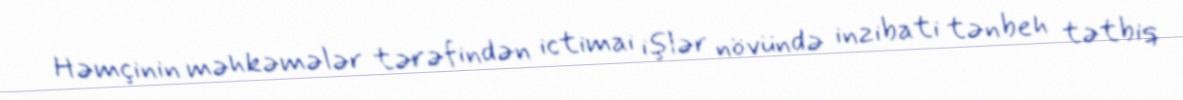
Həmçinin məhkəmələr tərəfindən ictimai işlər növündə inzibati tənbeh tətbiq